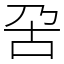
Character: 呄